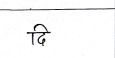
मजकूर: दि